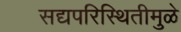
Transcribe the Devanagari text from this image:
सद्यपरिस्थितीमुळे